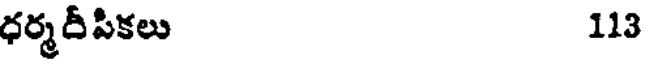
ధర్మదీపికలు 113